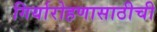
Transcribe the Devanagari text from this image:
गिर्यारोहणासाठीची